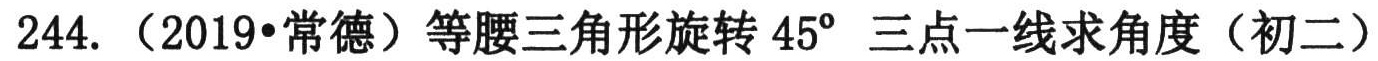
244. （2019•常德）等腰三角形旋转 \(45^{\circ}\) 三点一线求角度（初二）